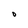
Character: O